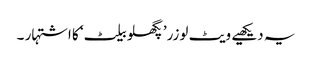
یہ دیکھیے ویٹ لوزر’پگھلو بیلٹ‘ کا اشتہار ۔